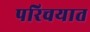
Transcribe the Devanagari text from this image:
परिचयात